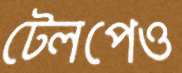
টেলপেও